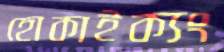
হোকাইক্যং